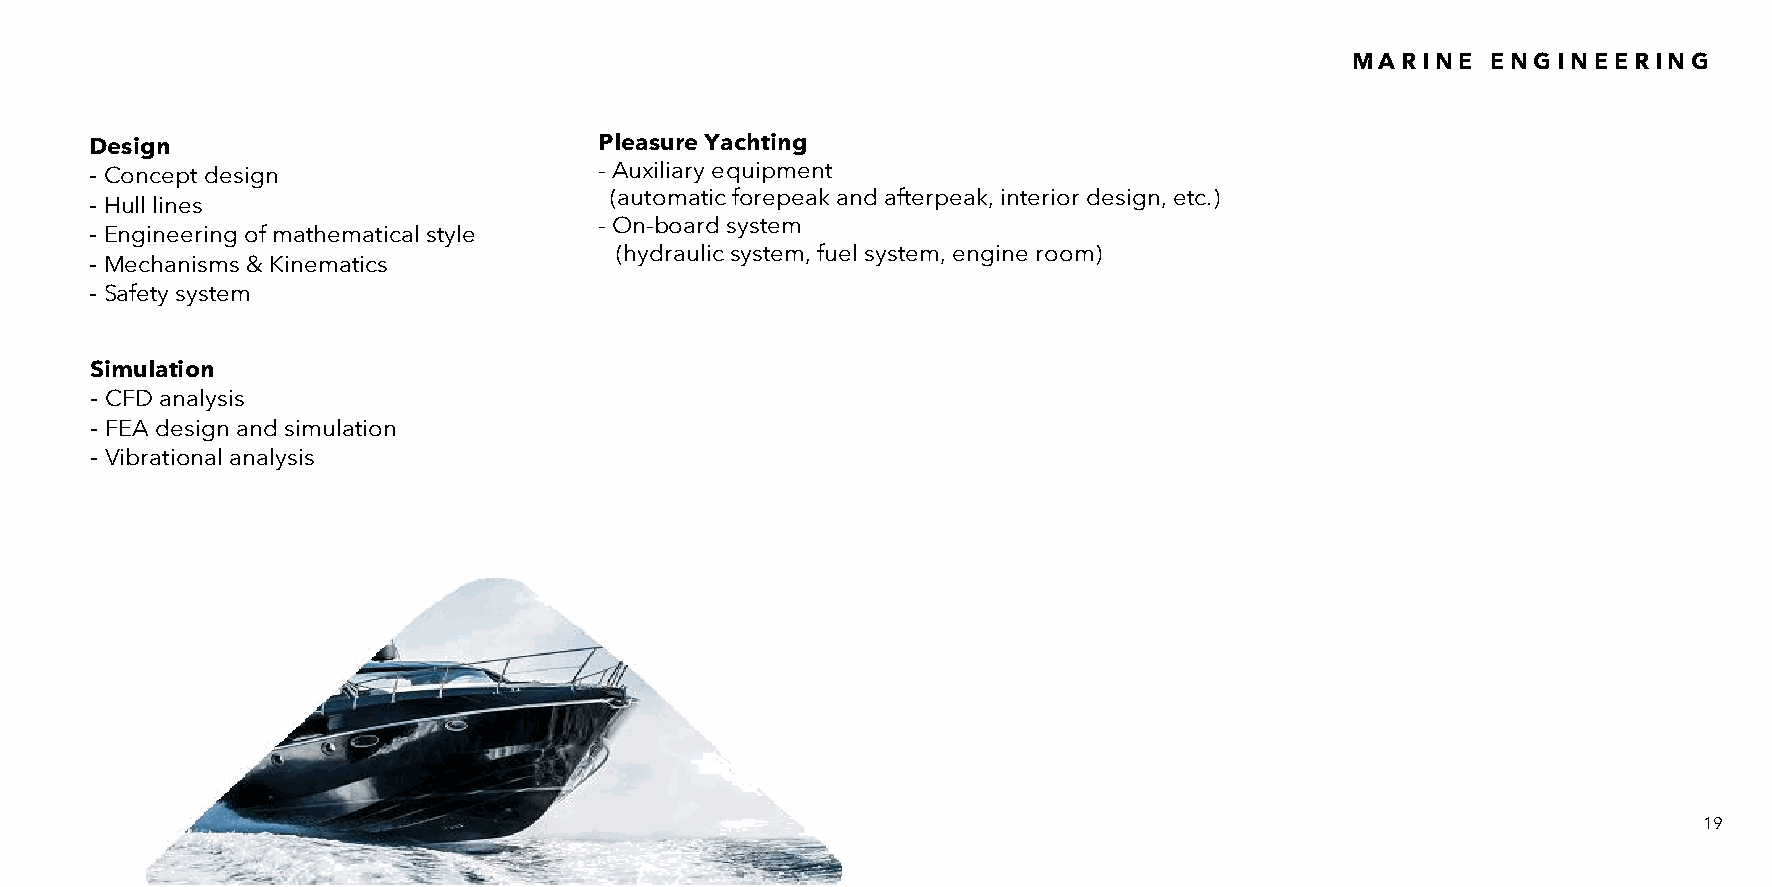
M A R I N E E N G I N E E R I N G
 Design                            Pleasure Yachting
 - Concept design                  - Auxiliary equipment
 (automatic forepeak and afterpeak, interior design, etc.)
 - Hull lines
 - On-board system
 - Engineering of mathematical style
 (hydraulic system, fuel system, engine room)
 - Mechanisms & Kinematics
 - Safety system
 Simulation
 - CFD analysis
 - FEA design and simulation
 - Vibrational analysis
 19